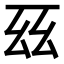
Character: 𫠩